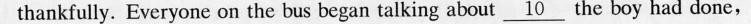
thankfully. Everyone on the bus began talking about\underline{10} the boy had done,